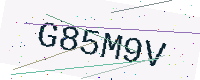
Text: G85M9V